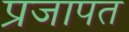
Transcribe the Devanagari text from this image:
प्रजापत